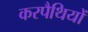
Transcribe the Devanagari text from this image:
करपैथियों